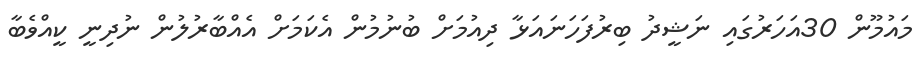
މައުމޫން 30އަހަރުގައި ނަޝީދު ބިރުފަހަނައަޅާ ދިއުމަށް ބުނުމުން އެކަމަށް އެއްބާރުލުން ނުދިނީ ކީއްވެބާ